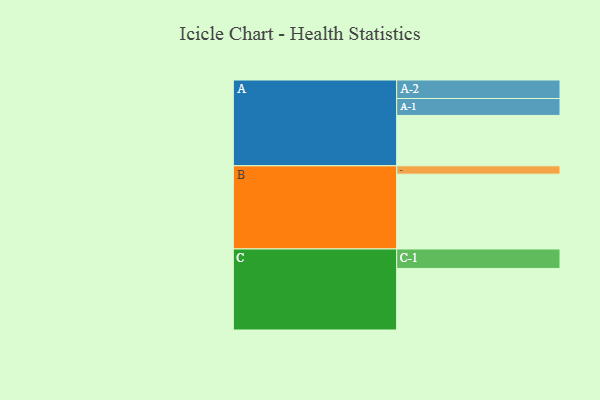
{"axis": {"x": "Segment", "y": "Value"}, "legend": ["", "A", "B", "C"], "data": [{"x": "A", "y": 357, "type": ""}, {"x": "B", "y": 530, "type": ""}, {"x": "C", "y": 436, "type": ""}, {"x": "A-1", "y": 120, "type": "A"}, {"x": "A-2", "y": 131, "type": "A"}, {"x": "B-1", "y": 59, "type": "B"}, {"x": "C-1", "y": 138, "type": "C"}]}